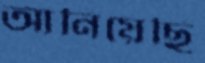
আনিয়েছি